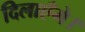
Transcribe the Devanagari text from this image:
दिलाएँगे।